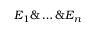
E _ { 1 } \& \ldots \& E _ { n }